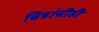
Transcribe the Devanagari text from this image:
चित्रांचीही